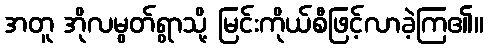
အတူ အိုလမွတ်ရွာသို့ မြင်းကိုယ်စီဖြင့်လာခဲ့ကြ၏။